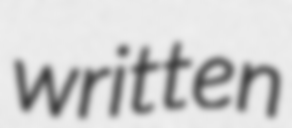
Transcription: written